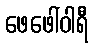
ဖေဖေါ်ဝါရီ